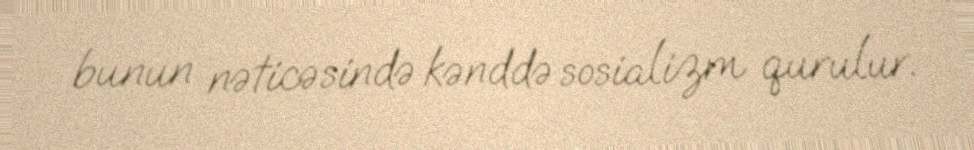
bunun nəticəsində kənddə sosializm qurulur.